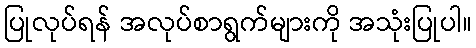
ပြုလုပ်ရန် အလုပ်စာရွက်များကို အသုံးပြုပါ။